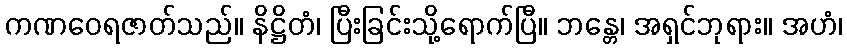
ကဏဝေရဇာတ်သည်။ နိဋ္ဌိတံ၊ ပြီးခြင်းသို့ရောက်ပြီ။ ဘန္တေ၊ အရှင်ဘုရား။ အဟံ၊